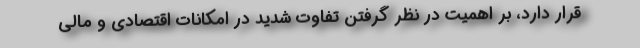
قرار دارد، بر اهمیت در نظر گرفتن تفاوت شدید در امکانات اقتصادی و مالی